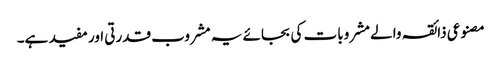
مصنوعی ذائقہ والے مشروبات کی بجائے یہ مشروب قدرتی اور مفید ہے۔